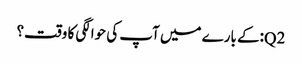
Q2:کے بارے میں آپ کی حوالگی کا وقت؟